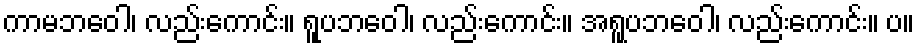
ကာမဘဝေါ၊ လည်းကောင်း။ ရူပဘဝေါ၊ လည်းကောင်း။ အရူပဘဝေါ၊ လည်းကောင်း။ ပ။